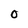
Character: O